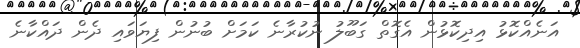
އަނެއްކޮޅު އިދިކޮޅުން އެގޮތް ގަބޫލު ނުކުރާނެ ކަމަށް ބުނުން ފިޔަވައި ދެން ދައްކާނެ